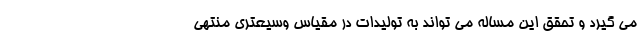
می گیرد و تحقق این مساله می تواند به تولیدات در مقیاس وسیعتری منتهی